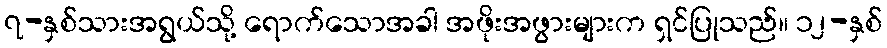
၇-နှစ်သားအရွယ်သို့ ရောက်သောအခါ အဖိုးအဖွားများက ရှင်ပြုသည်။ ၁၂-နှစ်